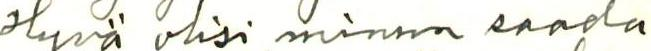
Hyvä olisi minun saada